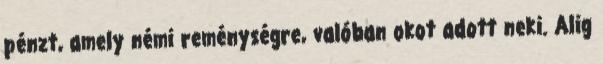
pénzt, amely némi reménységre, valóban okot adott neki. Alig